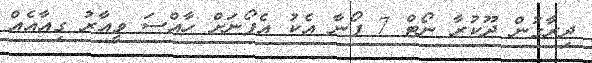
ދިރާގުން ދޫކުރާ ނޯޓް 7 ފޯނާ އެކު އެފޯނަށް ހާއްސަ ވީއާރު ގިއާއެއް